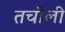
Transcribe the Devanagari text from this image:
तचोली